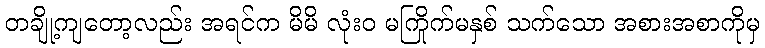
တချို့ကျတော့လည်း အရင်က မိမိ လုံးဝ မကြိုက်မနှစ် သက်သော အစားအစာကိုမှ